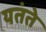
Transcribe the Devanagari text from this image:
यतंते